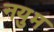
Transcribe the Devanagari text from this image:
नयुम